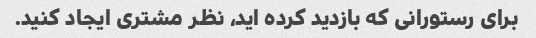
برای رستورانی که بازدید کرده اید، نظر مشتری ایجاد کنید.